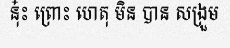
នុ៎ះ ព្រោះ ហេតុ មិន បាន សង្រួម